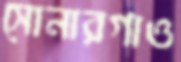
সোনারগাও